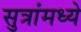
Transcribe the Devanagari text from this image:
सुत्रांमध्ये